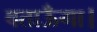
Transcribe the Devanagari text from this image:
बताऊँगा।